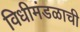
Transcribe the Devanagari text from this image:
विधीमंडळाची